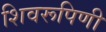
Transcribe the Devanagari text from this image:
शिवरूपिणी